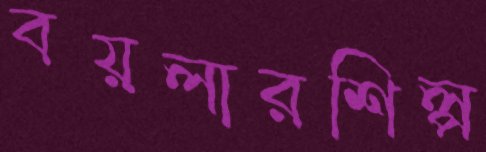
বয়লারশিল্প